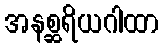
အနစ္ဆရိယဂါထာ